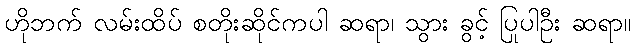
ဟိုဘက် လမ်းထိပ် စတိုးဆိုင်ကပါ ဆရာ၊ သွား ခွင့် ပြုပါဦး ဆရာ။